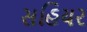
સહિયર